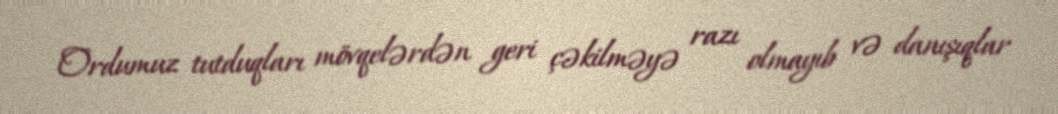
Ordumuz tutduqları mövqelərdən geri çəkilməyə razı olmayıb və danışıqlar